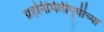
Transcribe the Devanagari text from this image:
ग्रहनिर्मितीपूर्वीच्या